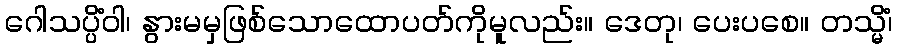
ဂေါသပ္ပိံဝါ၊ နွားမမှဖြစ်သောထောပတ်ကိုမူလည်း။ ဒေတု၊ ပေးပစေ။ တသ္မိံ၊